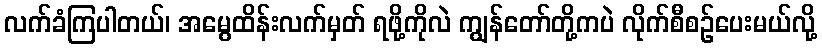
လက်ခံကြပါတယ်၊ အမွေထိန်းလက်မှတ် ရဖို့ကိုလဲ ကျွန်တော်တို့ကပဲ လိုက်စီစဉ်ပေးမယ်လို့